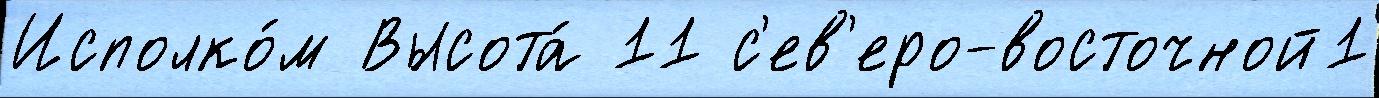
Исполко́м Высота́ 11 с'ев'еро-восточной1